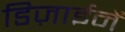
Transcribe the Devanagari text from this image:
डिज़ाईनें